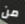
من